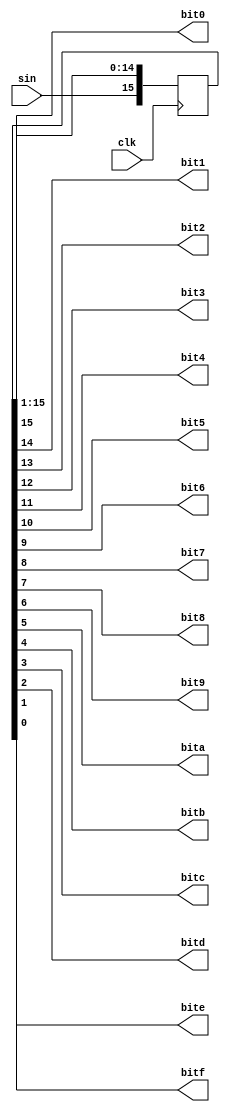
module top(
    clk,
    sin,
    bit0,
    bit1,
    bit2,
    bit3,
    bit4,
    bit5,
    bit6,
    bit7,
    bit8,
    bit9,
    bita,
    bitb,
    bitc,
    bitd,
    bite,
    bitf
);

input wire clk;
input wire sin;
output wire bit0;
output wire bit1;
output wire bit2;
output wire bit3;
output wire bit4;
output wire bit5;
output wire bit6;
output wire bit7;
output wire bit8;
output wire bit9;
output wire bita;
output wire bitb;
output wire bitc;
output wire bitd;
output wire bite;
output wire bitf;

reg[0:15] shift_reg;

assign {bit0,
    bit1,
    bit2,
    bit3,
    bit4,
    bit5,
    bit6,
    bit7,
    bit8,
    bit9,
    bita,
    bitb,
    bitc,
    bitd,
    bite,
    bitf
} = shift_reg;
    
always @(posedge clk) begin
    shift_reg = {sin, shift_reg[0:14]};
end


endmodule